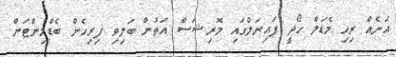
އަނެއް ރިހި މެޑަލް ހޯދީ ފައިނަލްގައި މޮރިޝަސް އަތުން ބަލިވި ފިރިހެން ބެޑްމިންޓަން